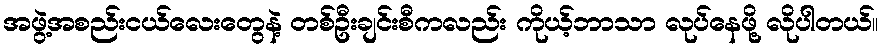
အဖွဲ့အစည်းငယ်လေးတွေနဲ့ တစ်ဦးချင်းစီကလည်း ကိုယ့်ဘာသာ လုပ်နေဖို့ လိုပါတယ်။